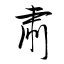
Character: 粛